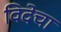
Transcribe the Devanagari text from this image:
विदेचा